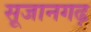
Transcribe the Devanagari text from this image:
सूजानगढ़